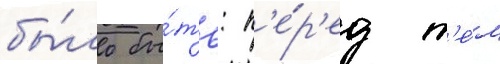
бы́ло бы́ть: п'е́р'ед т'е́м